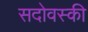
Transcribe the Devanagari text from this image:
सदोवस्की